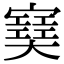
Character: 𡫟